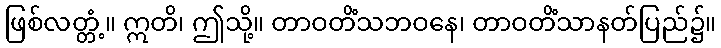
ဖြစ်လတ္တံ့။ ဣတိ၊ ဤသို့။ တာဝတိံသဘဝနေ၊ တာဝတိံသာနတ်ပြည်၌။